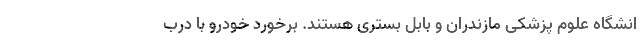
انشگاه علوم پزشکی مازندران و بابل بستری هستند. برخورد خودرو با درب